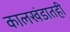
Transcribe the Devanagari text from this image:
कालखंडातही